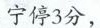
宁停3分，